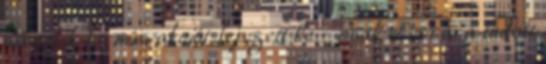
második formás akciót fejezett be - csak Ferrara tudott